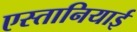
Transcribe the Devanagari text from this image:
एस्तानियाई